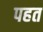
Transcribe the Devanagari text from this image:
पहत